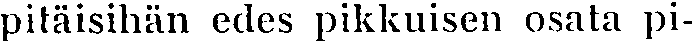
pitäisihän edes pikkuisen osata pi-